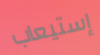
إستيعاب